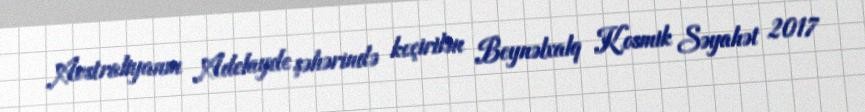
Avstraliyanın Adelayde şəhərində keçirilən Beynəlxalq Kosmik Səyahət 2017